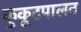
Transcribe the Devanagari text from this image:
कुकूटपालन